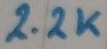
Text: 2.2K